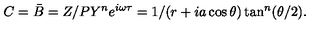
C = \bar { B } = Z / P Y ^ { n } e ^ { i \omega \tau } = 1 / ( r + i a \cos \theta ) \tan ^ { n } ( \theta / 2 ) .